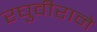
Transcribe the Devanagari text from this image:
रघुवीराने